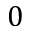
0